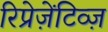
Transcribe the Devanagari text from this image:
रिप्रेज़ेंटिव्ज़